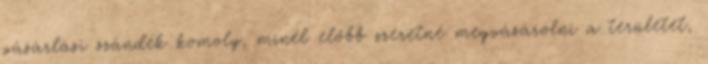
vásárlási szándék komoly, minél előbb szeretné megvásárolni a területet,